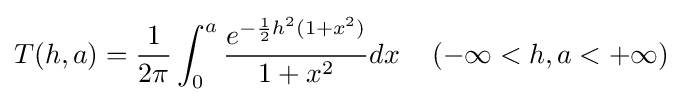
T(h,a)={\frac {1}{2\pi }}\int _{0}^{a}{\frac {e^{-{\frac {1}{2}}h^{2}(1+x^{2})}}{1+x^{2}}}dx\quad \left(-\infty <h,a<+\infty \right)